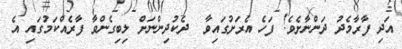
އަދި ފާރާމެދު ދަންނާށެވެ! ފަހެ އެރަށުގައިވާ  ދެކުދިންނަށް ލިބިގެންވާ ފާރެއްކަމުގައި އެ